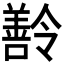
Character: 𬙽